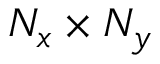
N _ { x } \times N _ { y }